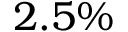
2 . 5 \%